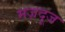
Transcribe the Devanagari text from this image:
मज़दूज